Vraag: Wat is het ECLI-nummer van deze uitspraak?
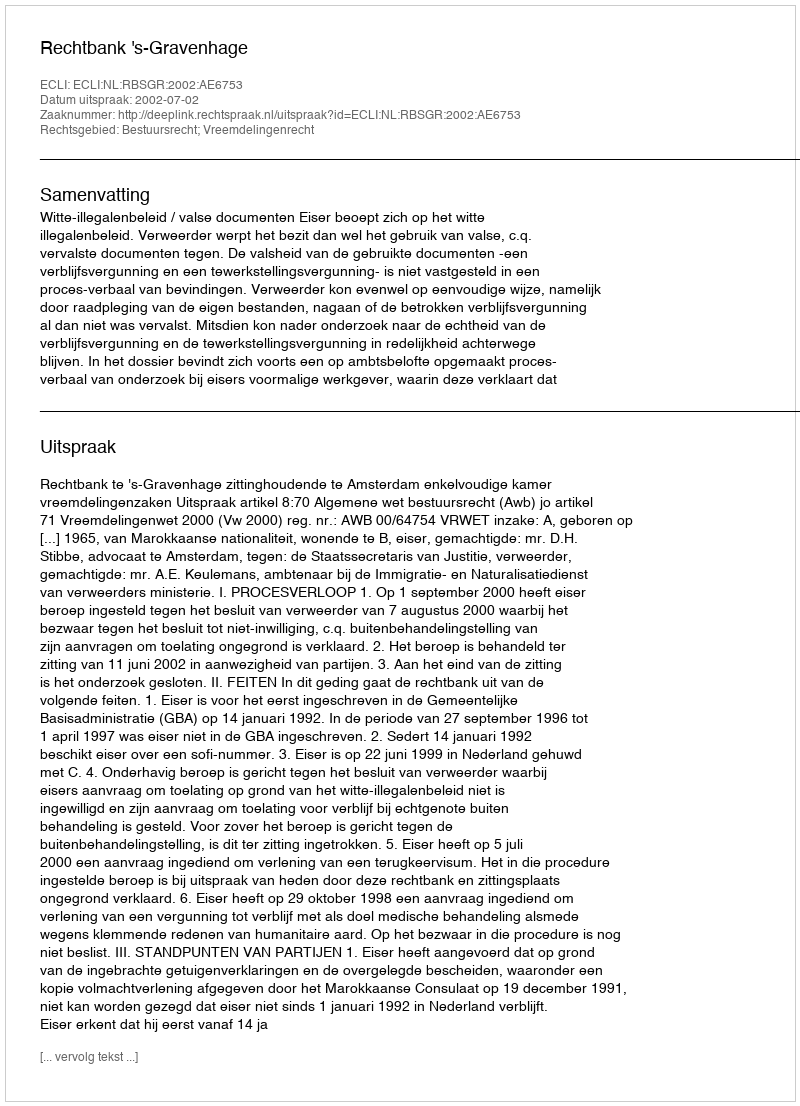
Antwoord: ECLI:NL:RBSGR:2002:AE6753